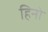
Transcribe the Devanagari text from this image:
हिनो